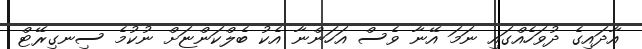
އާދައިގެ ދުވަހެއްގައި ނަމަ އޭނާ ވެސް އަހަންނާ އެކު ބެލްކަންޏަށް ނުކުމެ ސިނގިރޭޓް